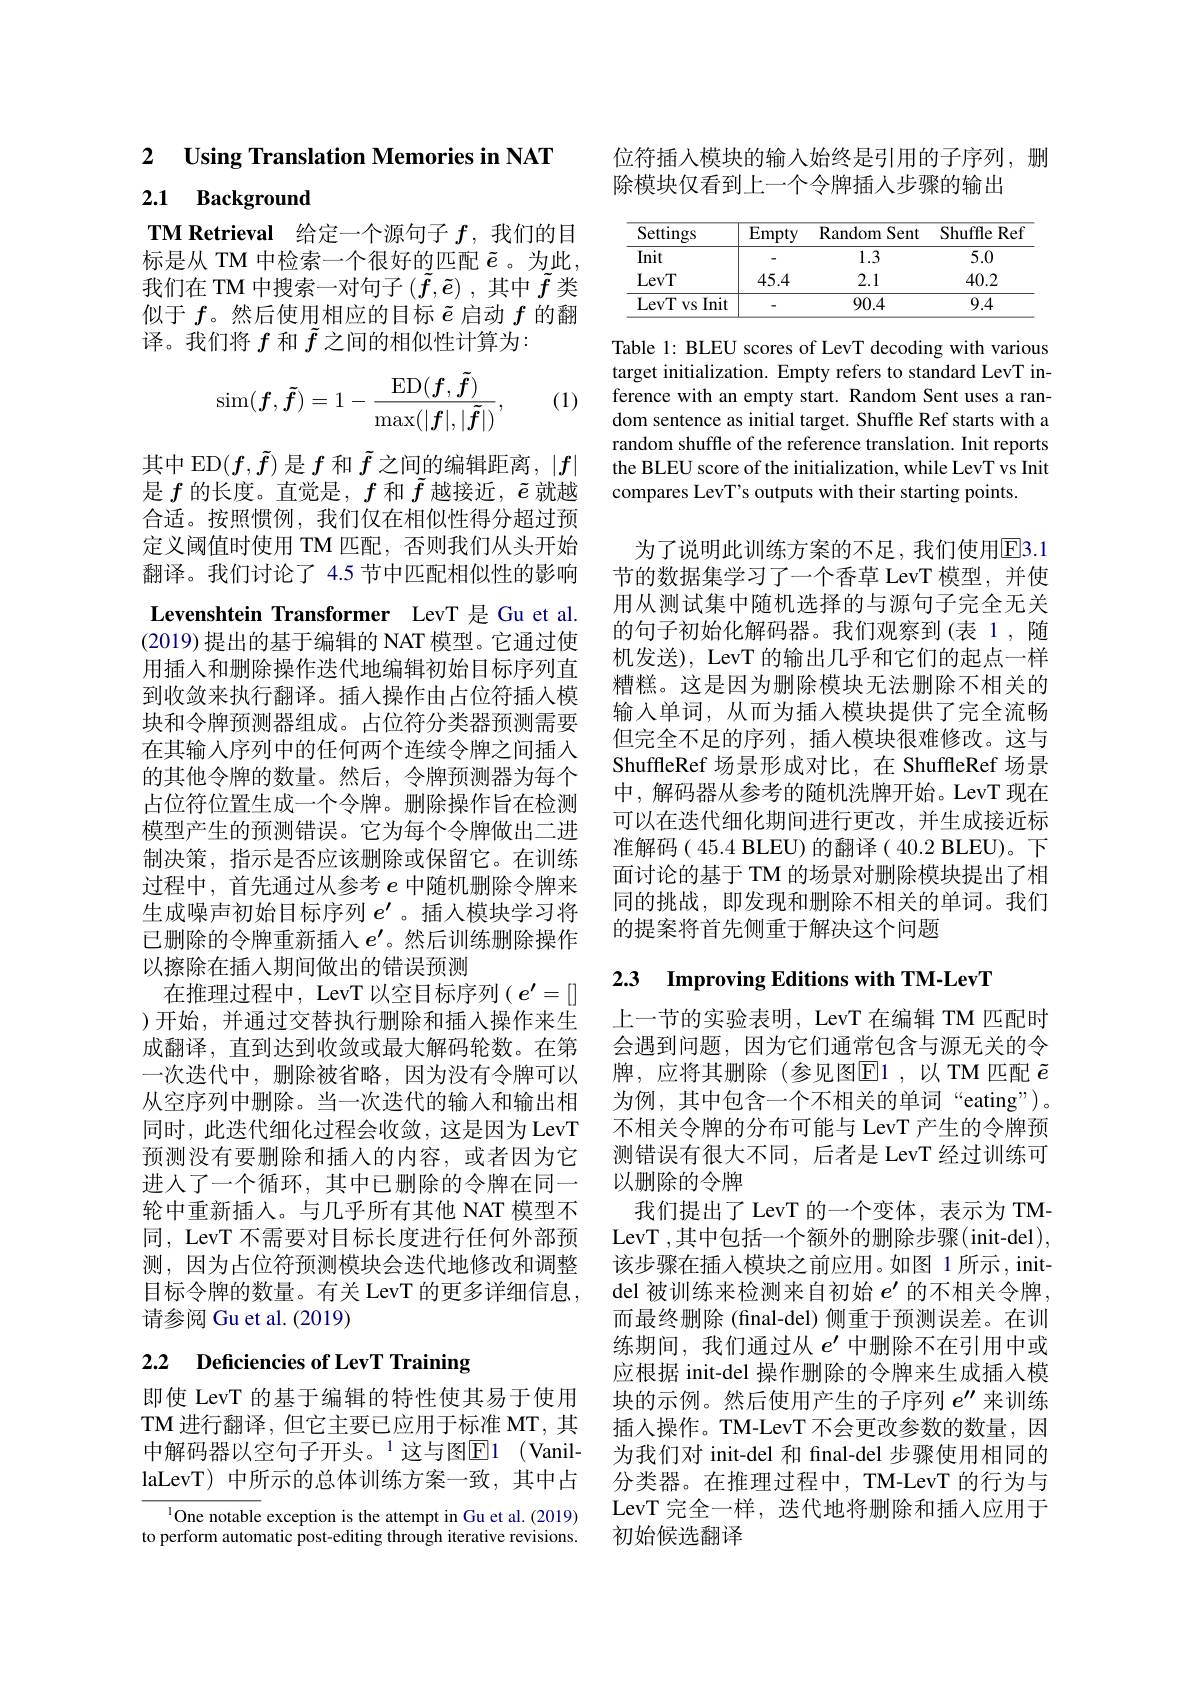
2 $\textbf{Using Translation Memories in NAT}$

# 2.1 Background

TM Retrieval 给定一个源句子$f$,我们的目标是从 TM 中检索一个很好的匹配$\tilde{e}$ 。为此， 我们在 TM 中搜索一对句子$(\tilde{f},\tilde{e})$ ,其中$\tilde{f}$类似于$f$。然后使用相应的目标$\tilde{e}$启动$f$的翻译。我们将$f$和$\tilde{f}$之间的相似性计算为：

(1)
$$\sin(\boldsymbol{f},\tilde{\boldsymbol{f}})=1-\frac{\operatorname{ED}(\boldsymbol{f},\tilde{\boldsymbol{f}})}{\max(|\boldsymbol{f}|,|\tilde{\boldsymbol{f}}|)},$$
其中 ED$(f,\tilde{f})$是$f$和$\tilde{f}$之间的编辑距离，$|f|$ 是$f$的长度。直觉是，$f$和$\tilde{f}$越接近，$\tilde{e}$就越合适。按照惯例，我们仅在相似性得分超过预定义阈值时使用 TM 匹配，否则我们从头开始翻译。我们讨论了 4.5 节中匹配相似性的影响Levenshtein Transformer LevT 是 Gu et al. (2019)提出的基于编辑的 NAT 模型。它通过使用插入和删除操作迭代地编辑初始目标序列直到收敛来执行翻译。插人操作由占位符插入模块和令牌预测器组成。占位符分类器预测需要在其输入序列中的任何两个连续令牌之间插入的其他令牌的数量。然后，令牌预测器为每个占位符位置生成一个令牌。删除操作旨在检测模型产生的预测错误。它为每个令牌做出二进制决策，指示是否应该删除或保留它。在训练过程中，首先通过从参考$e$中随机删除令牌来生成噪声初始目标序列$e^{\prime}$ 。插人模块学习将已删除的令牌重新插人$e^{\prime}$。然后训练删除操作以擦除在插入期间做出的错误预测
在推理过程中，LevT 以空目标序列( $e^\prime=[]$ )开始，并通过交替执行删除和插入操作来生成翻译，直到达到收敛或最大解码轮数。在第一次迭代中，删除被省略，因为没有令牌可以从空序列中删除。当一次迭代的输入和输出相同时，此迭代细化过程会收敛，这是因为 LevT 预测没有要删除和插入的内容，或者因为它进入了一个循环，其中已删除的令牌在同一轮中重新插人。与几乎所有其他 NAT 模型不同，LevT 不需要对目标长度进行任何外部预测，因为占位符预测模块会迭代地修改和调整目标令牌的数量。有关 LevT 的更多详细信息， 请参阅 Gu et al. (2019)

# 2.2 $\textbf{Deficiencies of LevT Training}$

即使 LevT 的基于编辑的特性使其易于使用TM 进行翻译，但它主要已应用于标准 MT, 其中解码器以空句子开头。$^1$这与图E1(VanillaLevT) 中所示的总体训练方案一致，其中占

$^{1}$One notable exception is the attempt in Gu et al.(2019) to perform automatic post-editing through iterative revisions.

位符插入模块的输入始终是引用的子序列，删
除模块仅看到上一个令牌插入步骤的输出

<table>
	<tbody>
		<tr>
			<th>Settings</th>
			<th>$\overline{\mathrm{Empty}}$</th>
			<th>Random Sent</th>
			<th>Shuffle Ref</th>
		</tr>
		<tr>
			<td>Init</td>
			<td> </td>
			<td>1.3</td>
			<td>5.0</td>
		</tr>
		<tr>
			<td>LevT</td>
			<td>45.4</td>
			<td>2.1</td>
			<td>40.2</td>
		</tr>
		<tr>
			<td>LevT $VS$ $s$ Init</td>
			<td> </td>
			<td>90.4</td>
			<td>9.4</td>
		</tr>
	</tbody>
</table>

Table 1: BLEU scores of LevT decoding with various target initialization. Empty refers to standard LevT inference with an empty start. Random Sent uses a random sentence as initial target. Shuffle Ref starts with a random shuffle of the reference translation. Init reports the BLEU score of the initialization, while LevT vs Init compares LevT's outputs with their starting points.

为了说明此训练方案的不足，我们使用$\overline{\mathrm{E}}$3.1节的数据集学习了一个香草 LevT 模型，并使用从测试集中随机选择的与源句子完全无关的句子初始化解码器。我们观察到(表 1,随机发送), LevT 的输出几乎和它们的起点一样糟糕。这是因为删除模块无法删除不相关的输入单词，从而为插入模块提供了完全流畅但完全不足的序列，插入模块很难修改。这与ShuffleRef 场景形成对比，在 ShuffleRef 场景中，解码器从参考的随机洗牌开始。LevT 现在可以在迭代细化期间进行更改，并生成接近标准解码( 45.4 BLEU) 的翻译( 40.2 BLEU)。下面讨论的基于 TM 的场景对删除模块提出了相同的挑战，即发现和删除不相关的单词。我们的提案将首先侧重于解决这个问题

## 2.3 Improving Editions with TM-LevT

上一节的实验表明，LevT 在编辑 TM 匹配时会遇到问题，因为它们通常包含与源无关的令牌，应将其删除(参见图$\overline{\mathrm{E}}$1,以 TM 匹配 $\tilde{e}$ 为例，其中包含一个不相关的单词“eating”)。不相关令牌的分布可能与 LevT 产生的令牌预测错误有很大不同，后者是 LevT 经过训练可以删除的令牌
我们提出了 LevT 的一个变体，表示为 TMLevT ,其中包括一个额外的删除步骤(init-del), 该步骤在插入模块之前应用。如图 1 所示，initdel 被训练来检测来自初始$e^{\prime}$的不相关令牌， 而最终删除(final-del) 侧重于预测误差。在训练期间，我们通过从$e^{\prime}$中删除不在引用中或应根据 init-del 操作删除的令牌来生成插入模块的示例。然后使用产生的子序列$e^{\prime\prime}$来训练插入操作。TM-LevT 不会更改参数的数量，因为我们对 init-del 和 final-del 步骤使用相同的分类器。在推理过程中，TM-LevT 的行为与LevT 完全一样，迭代地将删除和插人应用于初始候选翻译